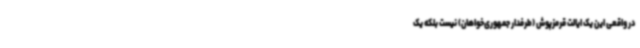
در واقعی این یک ایالت قرمزپوش (طرفدار جمهوری‌خواهان) نیست بلکه یک